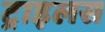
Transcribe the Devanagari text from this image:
ट्राइलस